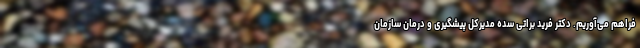
فراهم می‌‌آوریم. دکتر فرید براتی سده مدیرکل پیشگیری و درمان سازمان